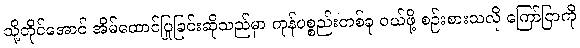
သို့တိုင်အောင် အိမ်ထောင်ပြုခြင်းဆိုသည်မှာ ကုန်ပစ္စည်းတစ်ခု ဝယ်ဖို့ စဉ်းစားသလို ကြော်ငြာကို